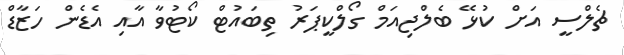
ޗެލްސީ އަށް ކުޅޭ ބެލްޖިއަމް ގޯލްކީޕަރު ތިބައުޓް ކޯޓުވާ އާއި އެޑެން ހަޒާޑް